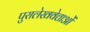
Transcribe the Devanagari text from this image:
पुरालेखवेत्ताओं